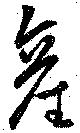
産